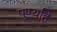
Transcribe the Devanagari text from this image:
पुण्यहि